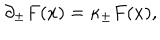
\partial _ { \pm } F ( x ) = \kappa _ { \pm } F ( x ) ,